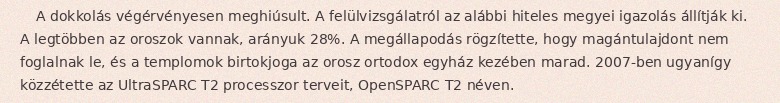
A dokkolás végérvényesen meghiúsult. A felülvizsgálatról az alábbi hiteles megyei igazolás állítják ki. A legtöbben az oroszok vannak, arányuk 28%. A megállapodás rögzítette, hogy magántulajdont nem foglalnak le, és a templomok birtokjoga az orosz ortodox egyház kezében marad. 2007-ben ugyanígy közzétette az UltraSPARC T2 processzor terveit, OpenSPARC T2 néven.